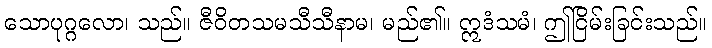
သောပုဂ္ဂလော၊ သည်။ ဇီဝိတသမသီသီနာမ၊ မည်၏။ ဣဒံသမံ၊ ဤငြိမ်းခြင်းသည်။